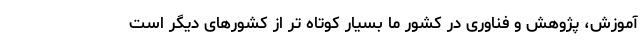
آموزش، پژوهش و فناوری در کشور ما بسیار کوتاه تر از کشورهای دیگر است